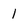
Character: l